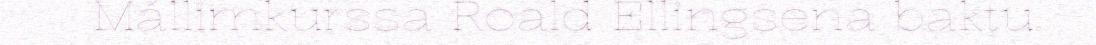
Mállimkurssa Roald Ellingsena baktu.